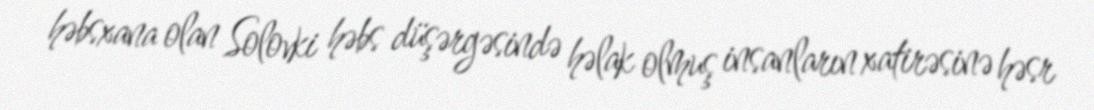
həbsxana olan Solovki həbs düşərgəsində həlak olmuş insanların xatirəsinə həsr